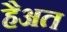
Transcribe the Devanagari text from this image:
हैअत